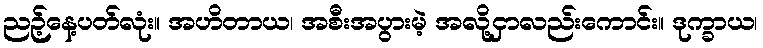
ညဉ့်နေ့ပတ်လုံး။ အဟိတာယ၊ အစီးအပွားမဲ့ အလို့ငှာလည်းကောင်း။ ဒုက္ခာယ၊